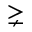
\gneq